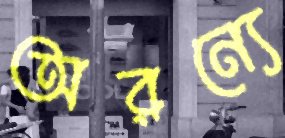
অরন্যে